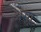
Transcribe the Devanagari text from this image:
अस़ा